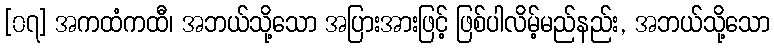
[၀၇] အကထံကထီ၊ အဘယ်သို့သော အပြားအားဖြင့် ဖြစ်ပါလိမ့်မည်နည်း, အဘယ်သို့သော